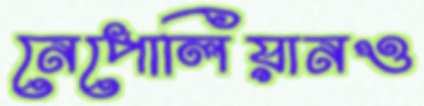
নেপোলিয়ানও